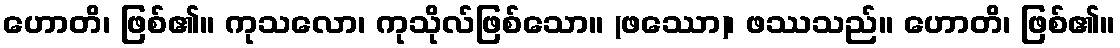
ဟောတိ၊ ဖြစ်၏။ ကုသလော၊ ကုသိုလ်ဖြစ်သော။ (ဖဿော)၊ ဖဿသည်။ ဟောတိ၊ ဖြစ်၏။